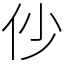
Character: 仯